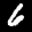
Label: 6